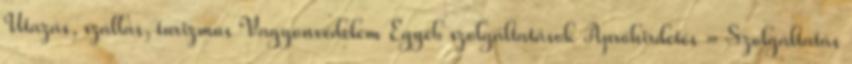
Utazás, szállás, turizmus Vagyonvédelem Egyéb szolgáltatások Apróhirdetés » Szolgáltatás